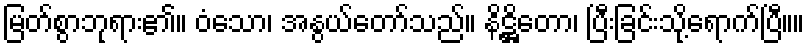
မြတ်စွာဘုရား၏။ ဝံသော၊ အနွယ်တော်သည်။ နိဋ္ဌိတော၊ ပြီးခြင်းသို့ရောက်ပြီ။။